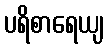
ပရိစာရေယျ